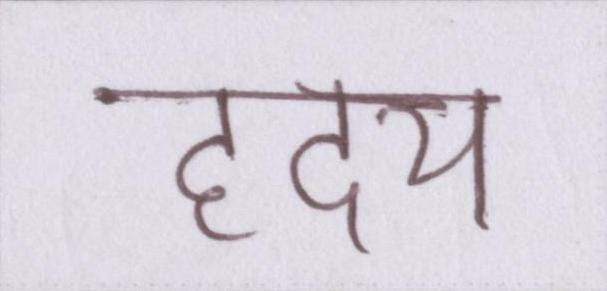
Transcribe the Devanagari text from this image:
ह्रदय